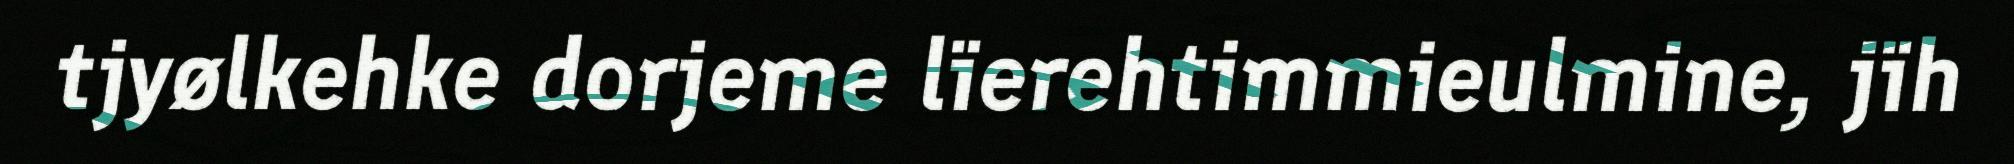
tjyølkehke dorjeme lïerehtimmieulmine, jïh